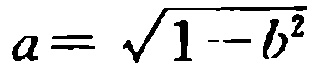
\(a = \sqrt{1 - b^{2}}\)